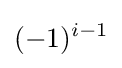
(-1)^{i-1}